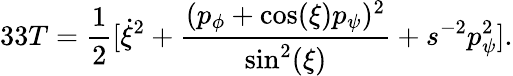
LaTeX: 33T={\frac{1}{2}}[\dot{\xi}^{2}+{\frac{(p_{\phi}+\cos(\xi)p_{\psi})^{2}}{\sin^{2}(\xi)}}+s^{-2}p_{\psi}^{2}].